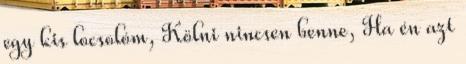
egy kis locsolóm, Kölni nincsen benne, Ha én azt